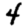
Digit: 4